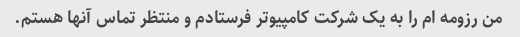
من رزومه ام را به یک شرکت کامپیوتر فرستادم و منتظر تماس آنها هستم.